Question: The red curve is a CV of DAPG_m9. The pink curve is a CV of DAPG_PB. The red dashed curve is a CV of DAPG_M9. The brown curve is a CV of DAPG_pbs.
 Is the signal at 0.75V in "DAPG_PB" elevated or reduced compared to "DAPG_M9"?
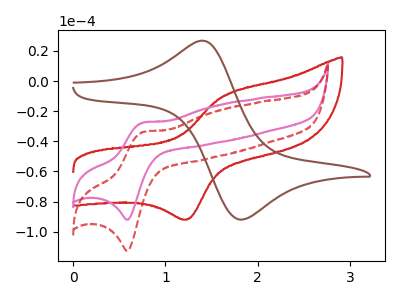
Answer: <think>The red curve "DAPG_m9" has an anodic peak at (1.65V, -9.70uA) and a cathodic peak at (1.25V, -91.60uA). The pink curve "DAPG_PB" has an anodic peak at (0.75V, -27.65uA) and a cathodic peak at (0.60V, -92.05uA). The red dashed curve "DAPG_M9" has an anodic peak at (0.75V, -33.85uA) and a cathodic peak at (0.60V, -112.75uA). The brown curve "DAPG_pbs" has an anodic peak at (1.45V, 26.55uA) and a cathodic peak at (1.80V, -92.05uA).</think>
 <answer>The peak at 0.75V is higher in "DAPG_PB" than in "DAPG_M9".</answer>
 <eval>higher</eval>